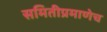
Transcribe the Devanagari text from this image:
समितीप्रमाणेच